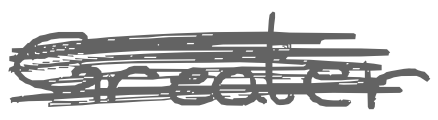
Text: Greater
Cross-out: scratch
Writing tool: digital_gray